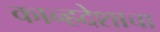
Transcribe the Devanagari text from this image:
कान्हदेशाचा